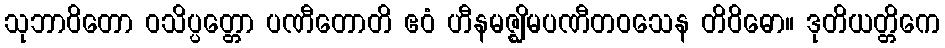
သုဘာဝိတော ဝသိပ္ပတ္တော ပဏီတောတိ ဧဝံ ဟီနမဇ္ဈိမပဏီတဝသေန တိဝိဓော။ ဒုတိယတ္တိကေ